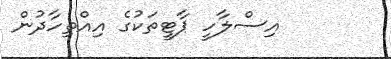
އިސްލާހީ ޕާޓީތަކުގެ އިއްތިހާދުން